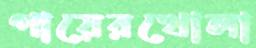
পায়েরখোলা